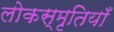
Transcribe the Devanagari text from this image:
लोकस्मृतियाँ